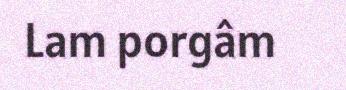
Lam porgâm